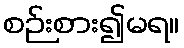
စဉ်းစား၍မရ။